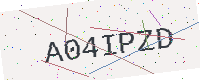
Text: A04IPZD